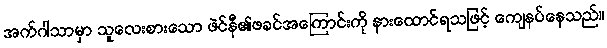
အက်ဂါသာမှာ သူလေးစားသော ဖဲင်နီ၏ဖခင်အကြောင်းကို နားထောင်ရသဖြင့် ကျေနပ်နေသည်။